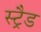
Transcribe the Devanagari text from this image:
स्ट्रैड